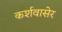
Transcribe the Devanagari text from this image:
कर्शवासेर